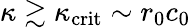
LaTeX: \kappa\gtrsim\kappa_{\mathrm{crit}}\sim r_{\mathrm{0}}c_{\mathrm{0}}